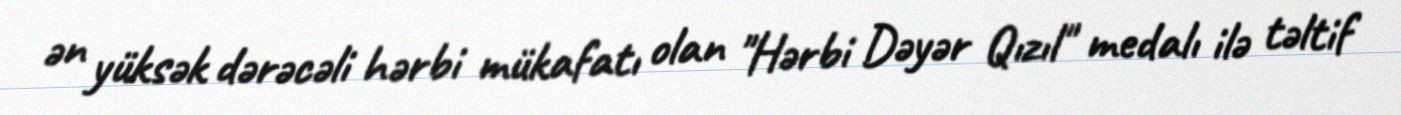
ən yüksək dərəcəli hərbi mükafatı olan "Hərbi Dəyər Qızıl" medalı ilə təltif